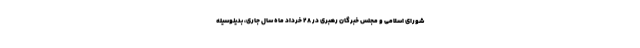
شورای اسلامی و مجلس خبرگان رهبری در ۲۸ خرداد ماه سال جاری، بدینوسیله